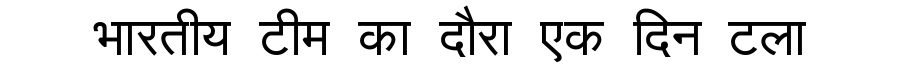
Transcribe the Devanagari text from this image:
भारतीय टीम का दौरा एक दिन टला